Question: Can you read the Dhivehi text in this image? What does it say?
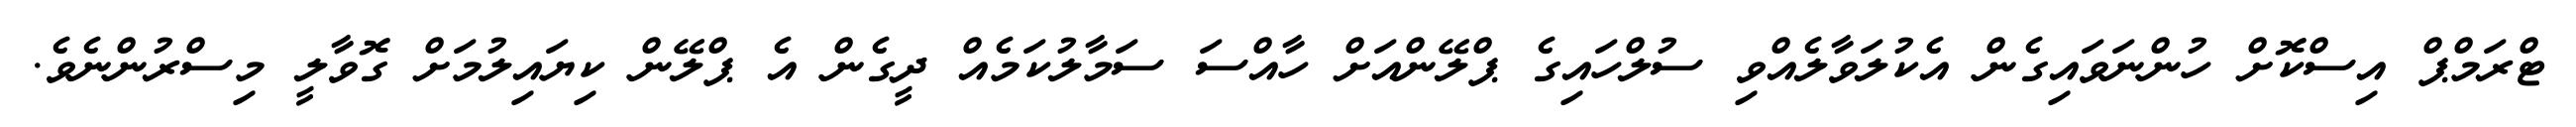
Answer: ޓްރަމްޕް އިސްކޮށް ހުންނަވައިގެން އެކުލަވާލެއްވި ސުލްހައިގެ ޕްލޭންއަށް ހާއްސަ ސަމާލުކަމެއް ދީގެން އެ ޕްލޭން ކިޔައިލުމަށް ގޮވާލީ މިސްރުންނެވެ.